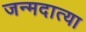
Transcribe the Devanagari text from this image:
जन्मदात्या